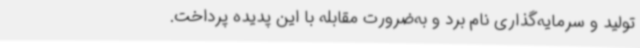
تولید و سرمایه‌گذاری نام برد و به‌ضرورت مقابله با این پدیده پرداخت.